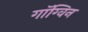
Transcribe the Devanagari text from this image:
गॉग्विन